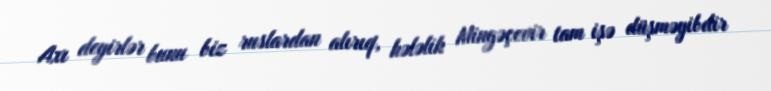
Axı deyirlər bunu biz ruslardan alırıq, hələlik Mingəçevir tam işə düşməyibdir